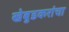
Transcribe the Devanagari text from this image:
खेबुडकरांचा